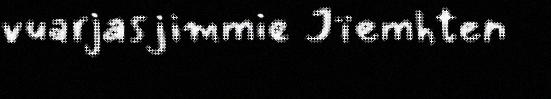
vuarjasjimmie Jïemhten